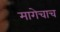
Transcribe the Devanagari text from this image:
मागेचाच